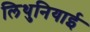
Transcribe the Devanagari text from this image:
लिथुनियाई